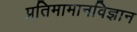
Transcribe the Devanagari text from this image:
प्रतिमामानविज्ञान